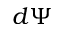
d \Psi